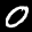
Label: 0